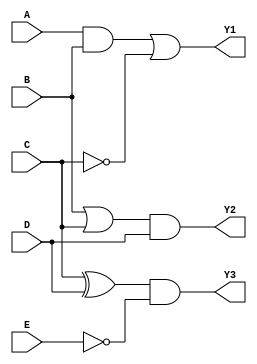
module combinational_logic_block (
    input wire [3:0] A, // Example input vector A
    input wire [3:0] B, // Example input vector B
    input wire [3:0] C, // Example input vector C
    input wire [3:0] D, // Example input vector D
    input wire [3:0] E, // Example input vector E
    output reg [3:0] Y1, // Output for Group 1
    output reg [3:0] Y2, // Output for Group 2
    output reg [3:0] Y3  // Output for Group 3
);

    // Logic for Group 1: {A, B, C}
    always @(*) begin
        Y1 = (A & B) | (~C); // Example logic function for Group 1
    end

    // Logic for Group 2: {B, C, D}
    always @(*) begin
        Y2 = (B | C) & D; // Example logic function for Group 2
    end

    // Logic for Group 3: {C, D, E}
    always @(*) begin
        Y3 = (C ^ D) & (~E); // Example logic function for Group 3
    end

endmodule